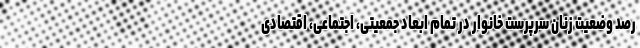
رصد وضعیت زنان سرپرست خانوار در تمام ابعاد جمعیتی، اجتماعی، اقتصادی